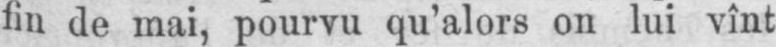
fin de mai, pourvu qu’alors on lui vînt